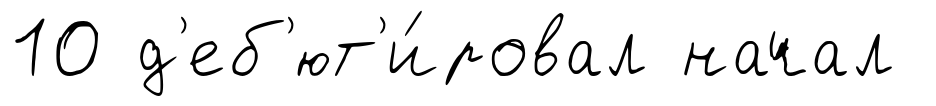
10 д'еб'ют'и́ровал начал